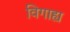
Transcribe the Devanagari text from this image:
विगाह्य